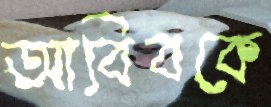
আবিবকে